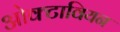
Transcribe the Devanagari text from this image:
ओक्टावियन